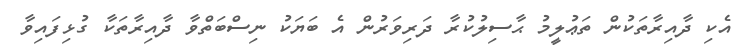
އެކި ދާއިރާތަކުން ތަޢުލީމު ޙާސިލުކުރާ ދަރިވަރުން އެ ބަޔަކު ނިސްބަތްވާ ދާއިރާތަކާ ގުޅިފައިވާ